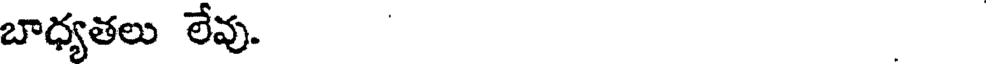
బాధ్యతలు లేవు.